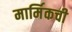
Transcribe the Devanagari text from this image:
मार्मिकची